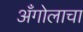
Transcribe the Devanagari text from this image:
अँगोलाचा